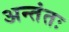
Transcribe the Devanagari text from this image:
अन्तंतः